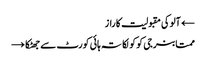
← آلوکی مقبولیت کا راز
ممتابنرجی کوکولکاتہ ہائی کورٹ سے جھٹکا →